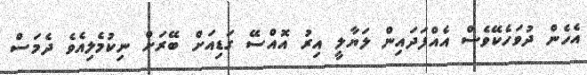
އެހެން ދުވަހެކޭވެސް އެއްފަދައިން ލަޔާލީ އިރު އޮއްސޭ ގަޑިއަށް ބޭރަށް ނިކުމެލިއެވެ ދެމަސް